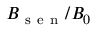
B _ { \mathrm { ~ s ~ e ~ n ~ } } / B _ { 0 }